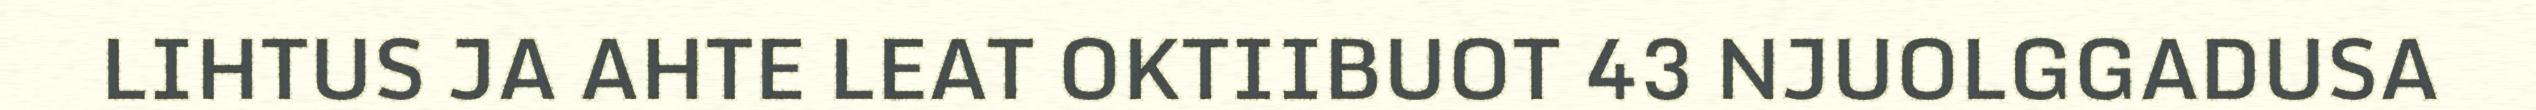
LIHTUS JA AHTE LEAT OKTIIBUOT 43 NJUOLGGADUSA